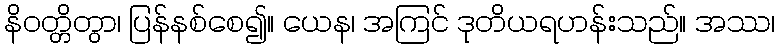
နိဝတ္တိတွာ၊ ပြန်နစ်စေ၍။ ယေန၊ အကြင် ဒုတိယရဟန်းသည်။ အဿ၊